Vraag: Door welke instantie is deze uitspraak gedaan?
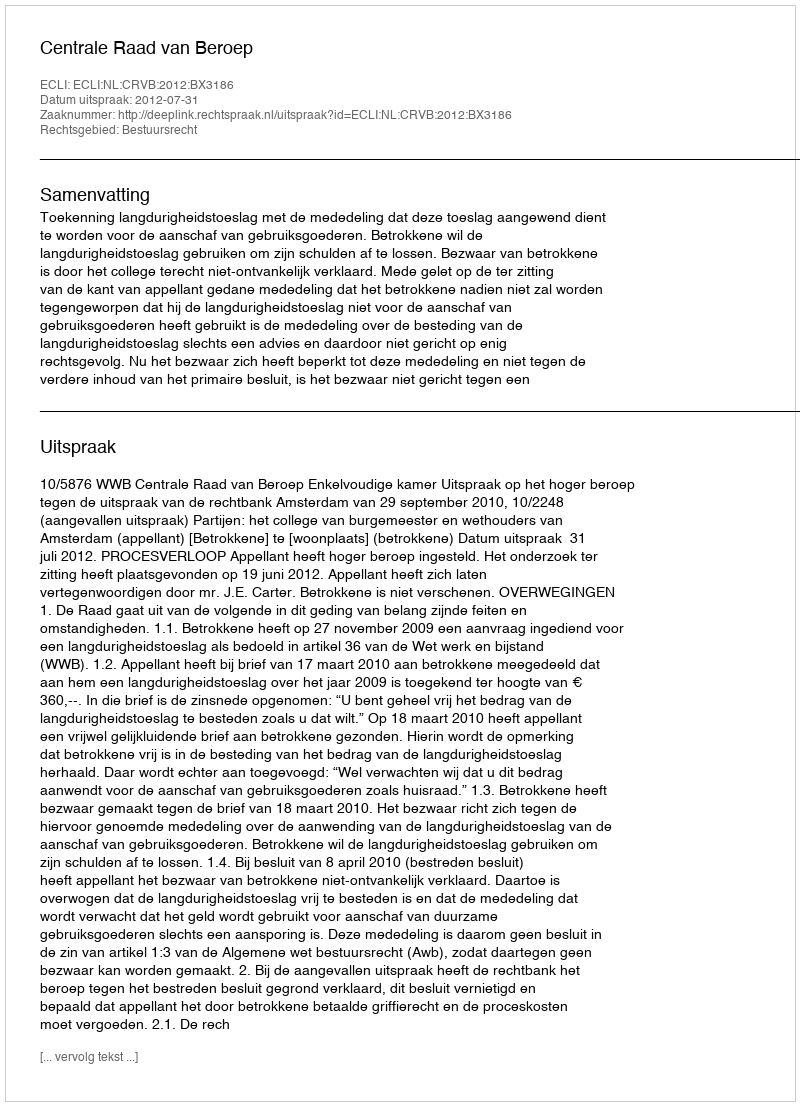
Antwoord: Centrale Raad van Beroep